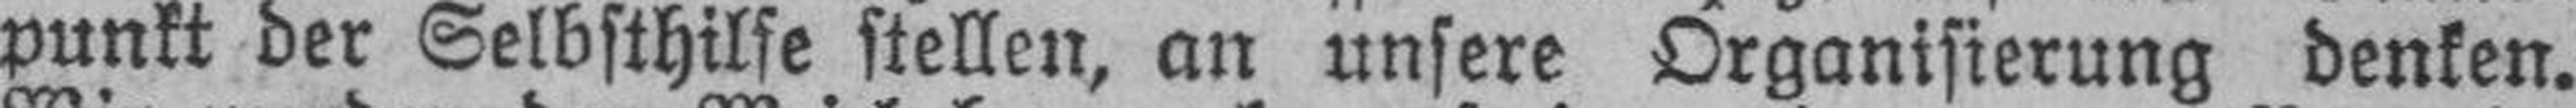
punkt der Selbsthilfe stellen, an unsere Organisierung denken.